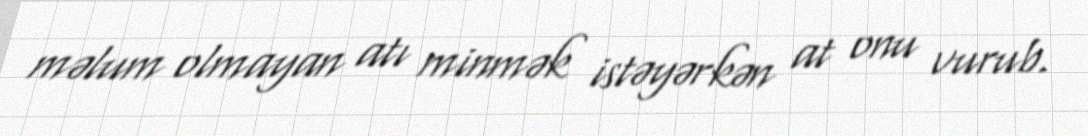
məlum olmayan atı minmək istəyərkən at onu vurub.